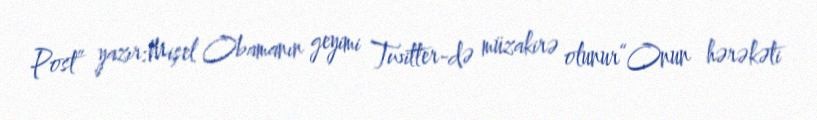
Post” yazır:Mişel Obamanın geyimi Twitter-də müzakirə olunur“Onun hərəkəti